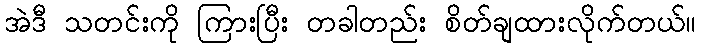
အဲဒီ သတင်းကို ကြားပြီး တခါတည်း စိတ်ချထားလိုက်တယ်။